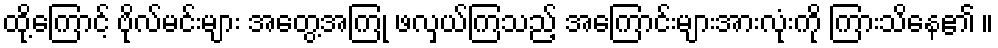
ထို့ကြောင့် ဗိုလ်မင်းများ အတွေ့အကြုံ ဖလှယ်ကြသည့် အကြောင်းများအားလုံးကို ကြားသိနေ၏ ။